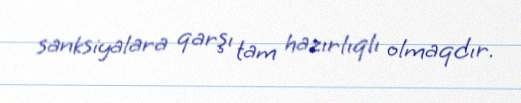
sanksiyalara qarşı tam hazırlıqlı olmaqdır.